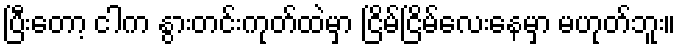
ပြီးတော့ ငါက နွားတင်းကုတ်ထဲမှာ ငြိမ်ငြိမ်လေးနေမှာ မဟုတ်ဘူး။